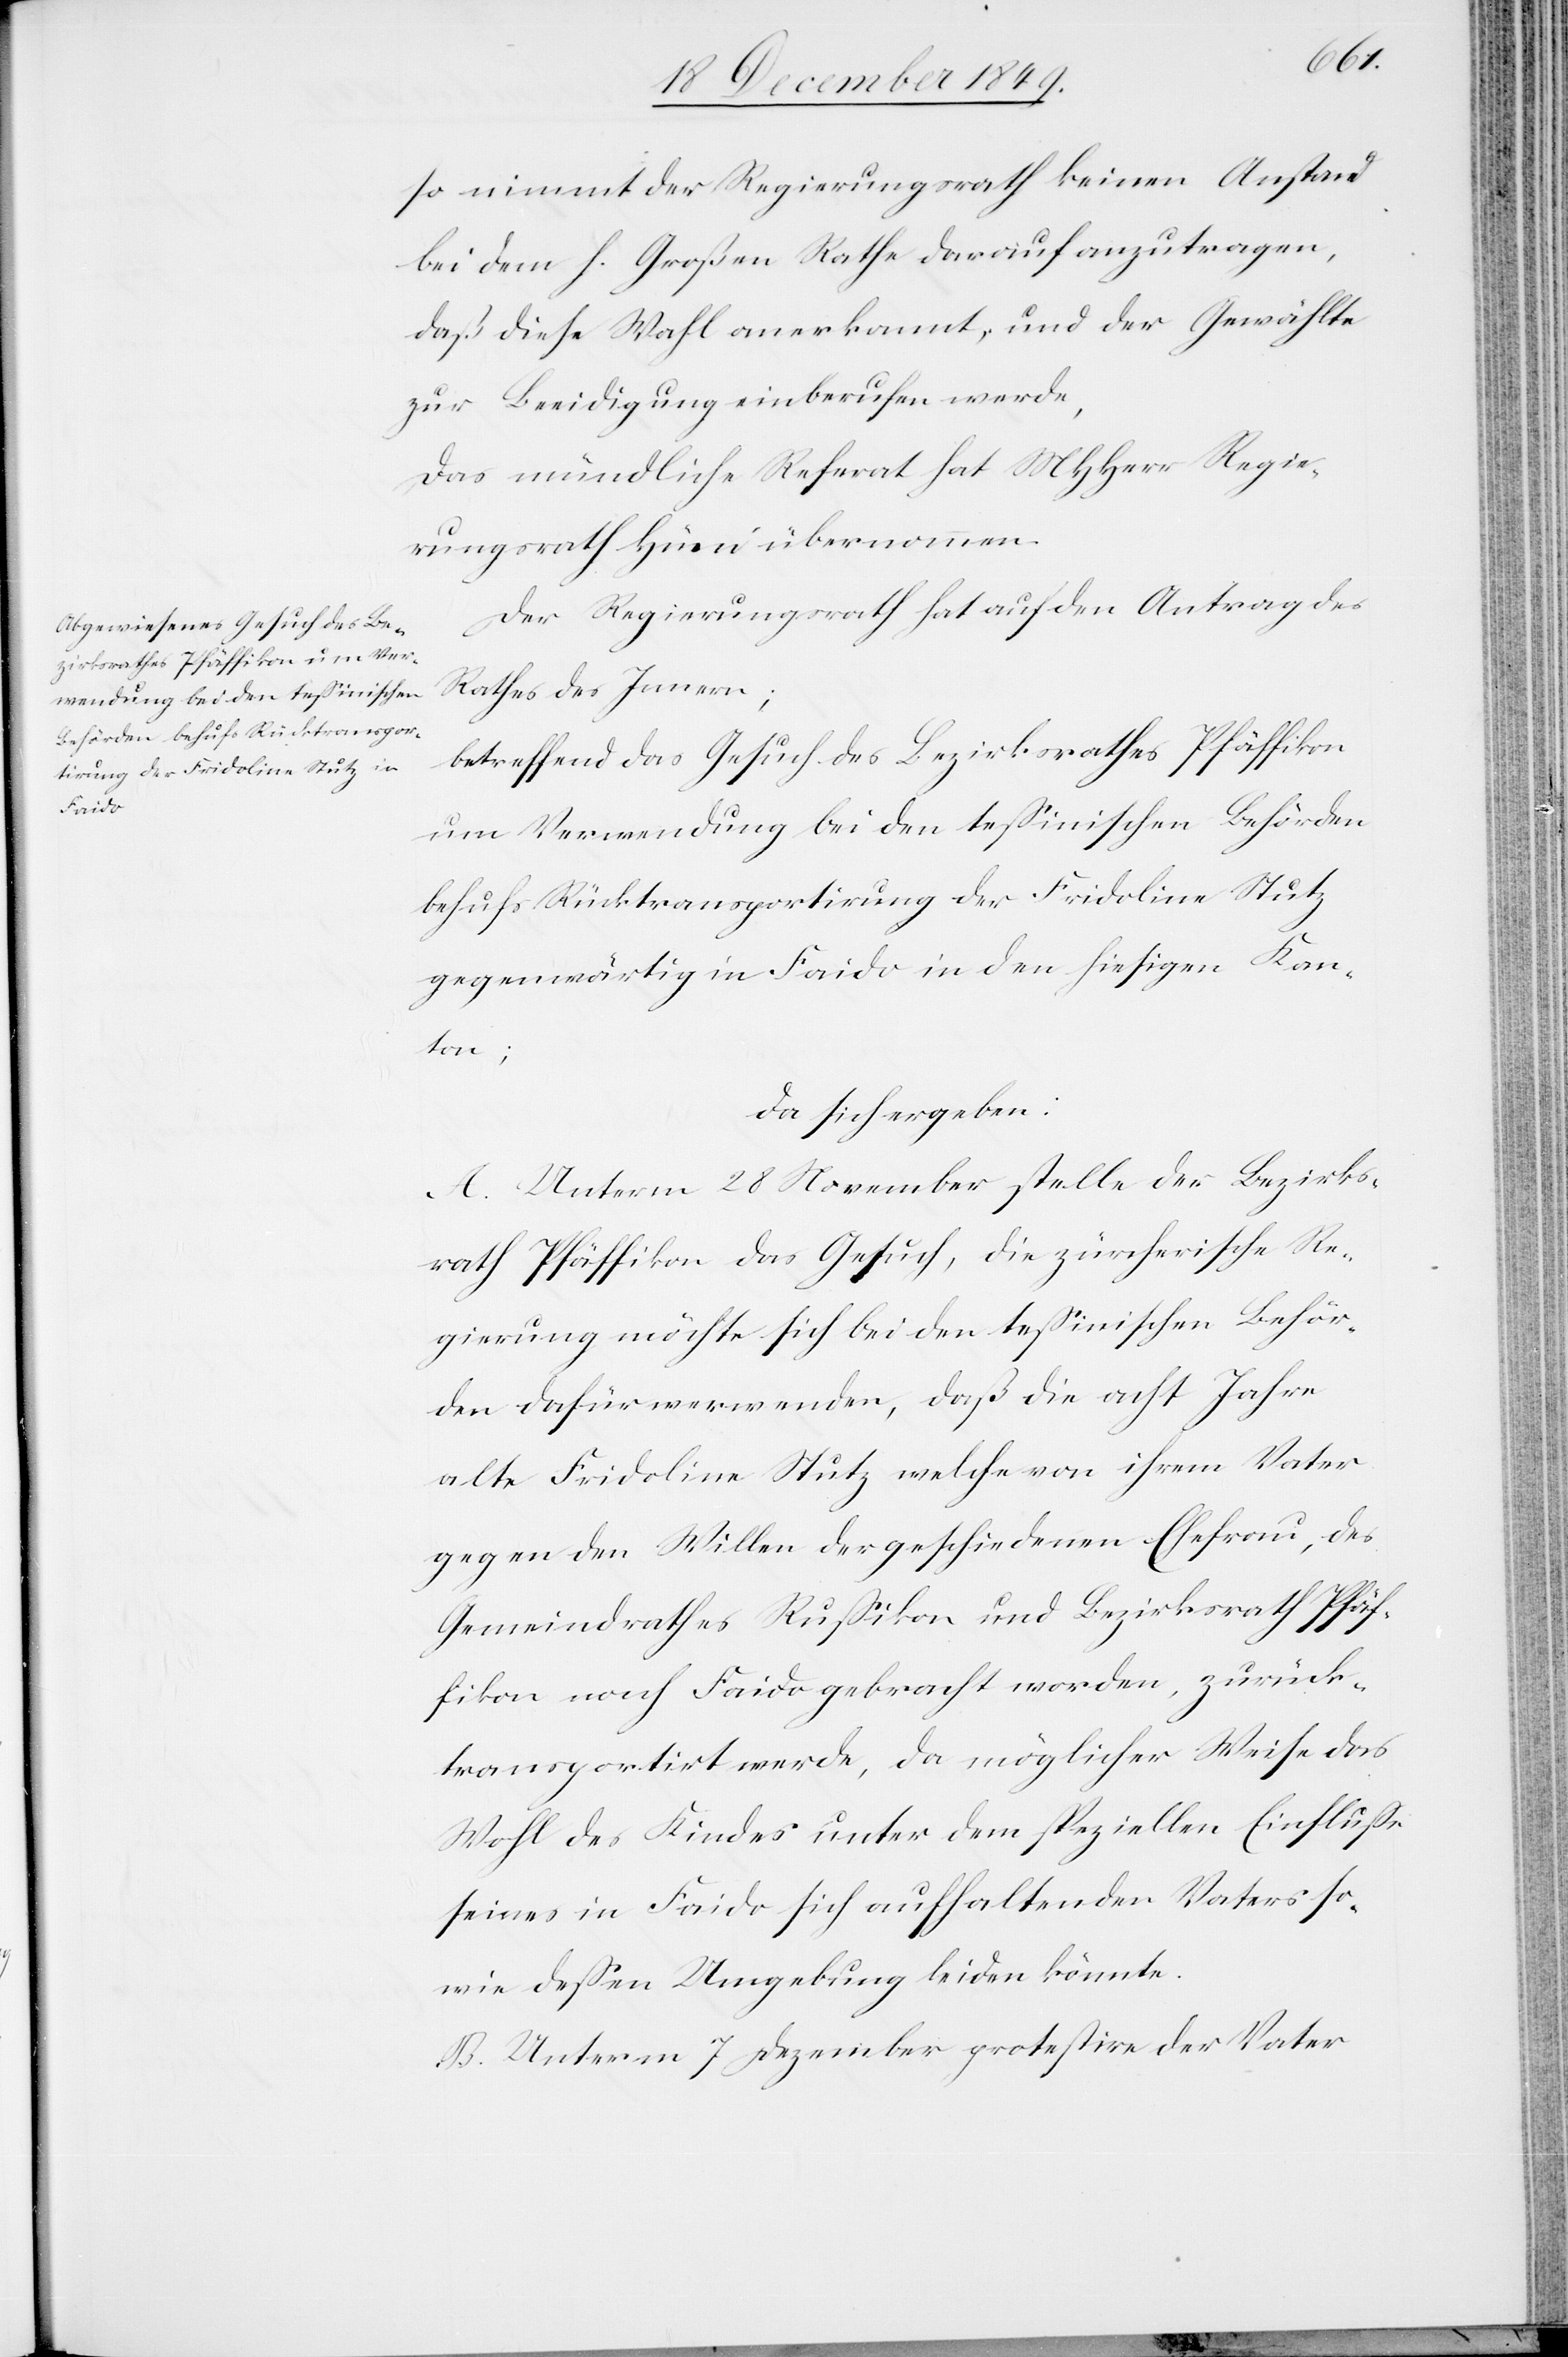
so nimmt der Regierungsrath keinen Anstand
bei dem h. Großen Rathe darauf anzutragen,
daß diese Wahl anerkannt, und der Gewählte
zur Beeidigung einberufen werde,
Das mündliche Referat hat MHHerr Regie¬
rungsrath Hüni übernommen.
Der Regierungsrath hat auf den Antrag des
Rathes des Innern;
betreffend das Gesuch des Bezirksrathes Pfäffikon
um Verwendung bei den teßinischen Behörden
behufs Rücktransportirung der Fridoline Stutz
gegenwärtig in Faido in den hiesigen Kan¬
ton;
da sich ergeben:
A. Unterm 28 November stelle der Bezirks¬
rath Pfäffikon das Gesuch, die zürcherische Re¬
gierung möchte sich bei den teßinischen Behör¬
den dafür verwenden, daß die acht Jahre
alte Fridolina Stutz welche von ihrem Vater
gegen den Willen der geschiedenen Ehefrau, des
Gemeindrathes Rußikon und Bezirksrath Pfäf¬
fikon nach Faido gebracht worden, zurück¬
transportirt werde, da möglicher Weise das
Wohl des Kindes unter dem speziellen Einfluße
seines in Faido sich aufhaltenden Vaters so¬
wie deßen Umgebung leiden könnte.
B. Unterm 7 Dezember protestire der Vater